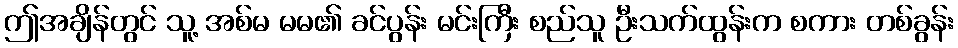
ဤအချိန်တွင် သူ့ အစ်မ မမ၏ ခင်ပွန်း မင်းကြီး စည်သူ ဦးသက်ထွန်းက စကား တစ်ခွန်း